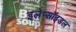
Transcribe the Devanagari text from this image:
इलेप्सॉइडल